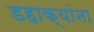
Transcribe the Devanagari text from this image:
डहाक्यांना